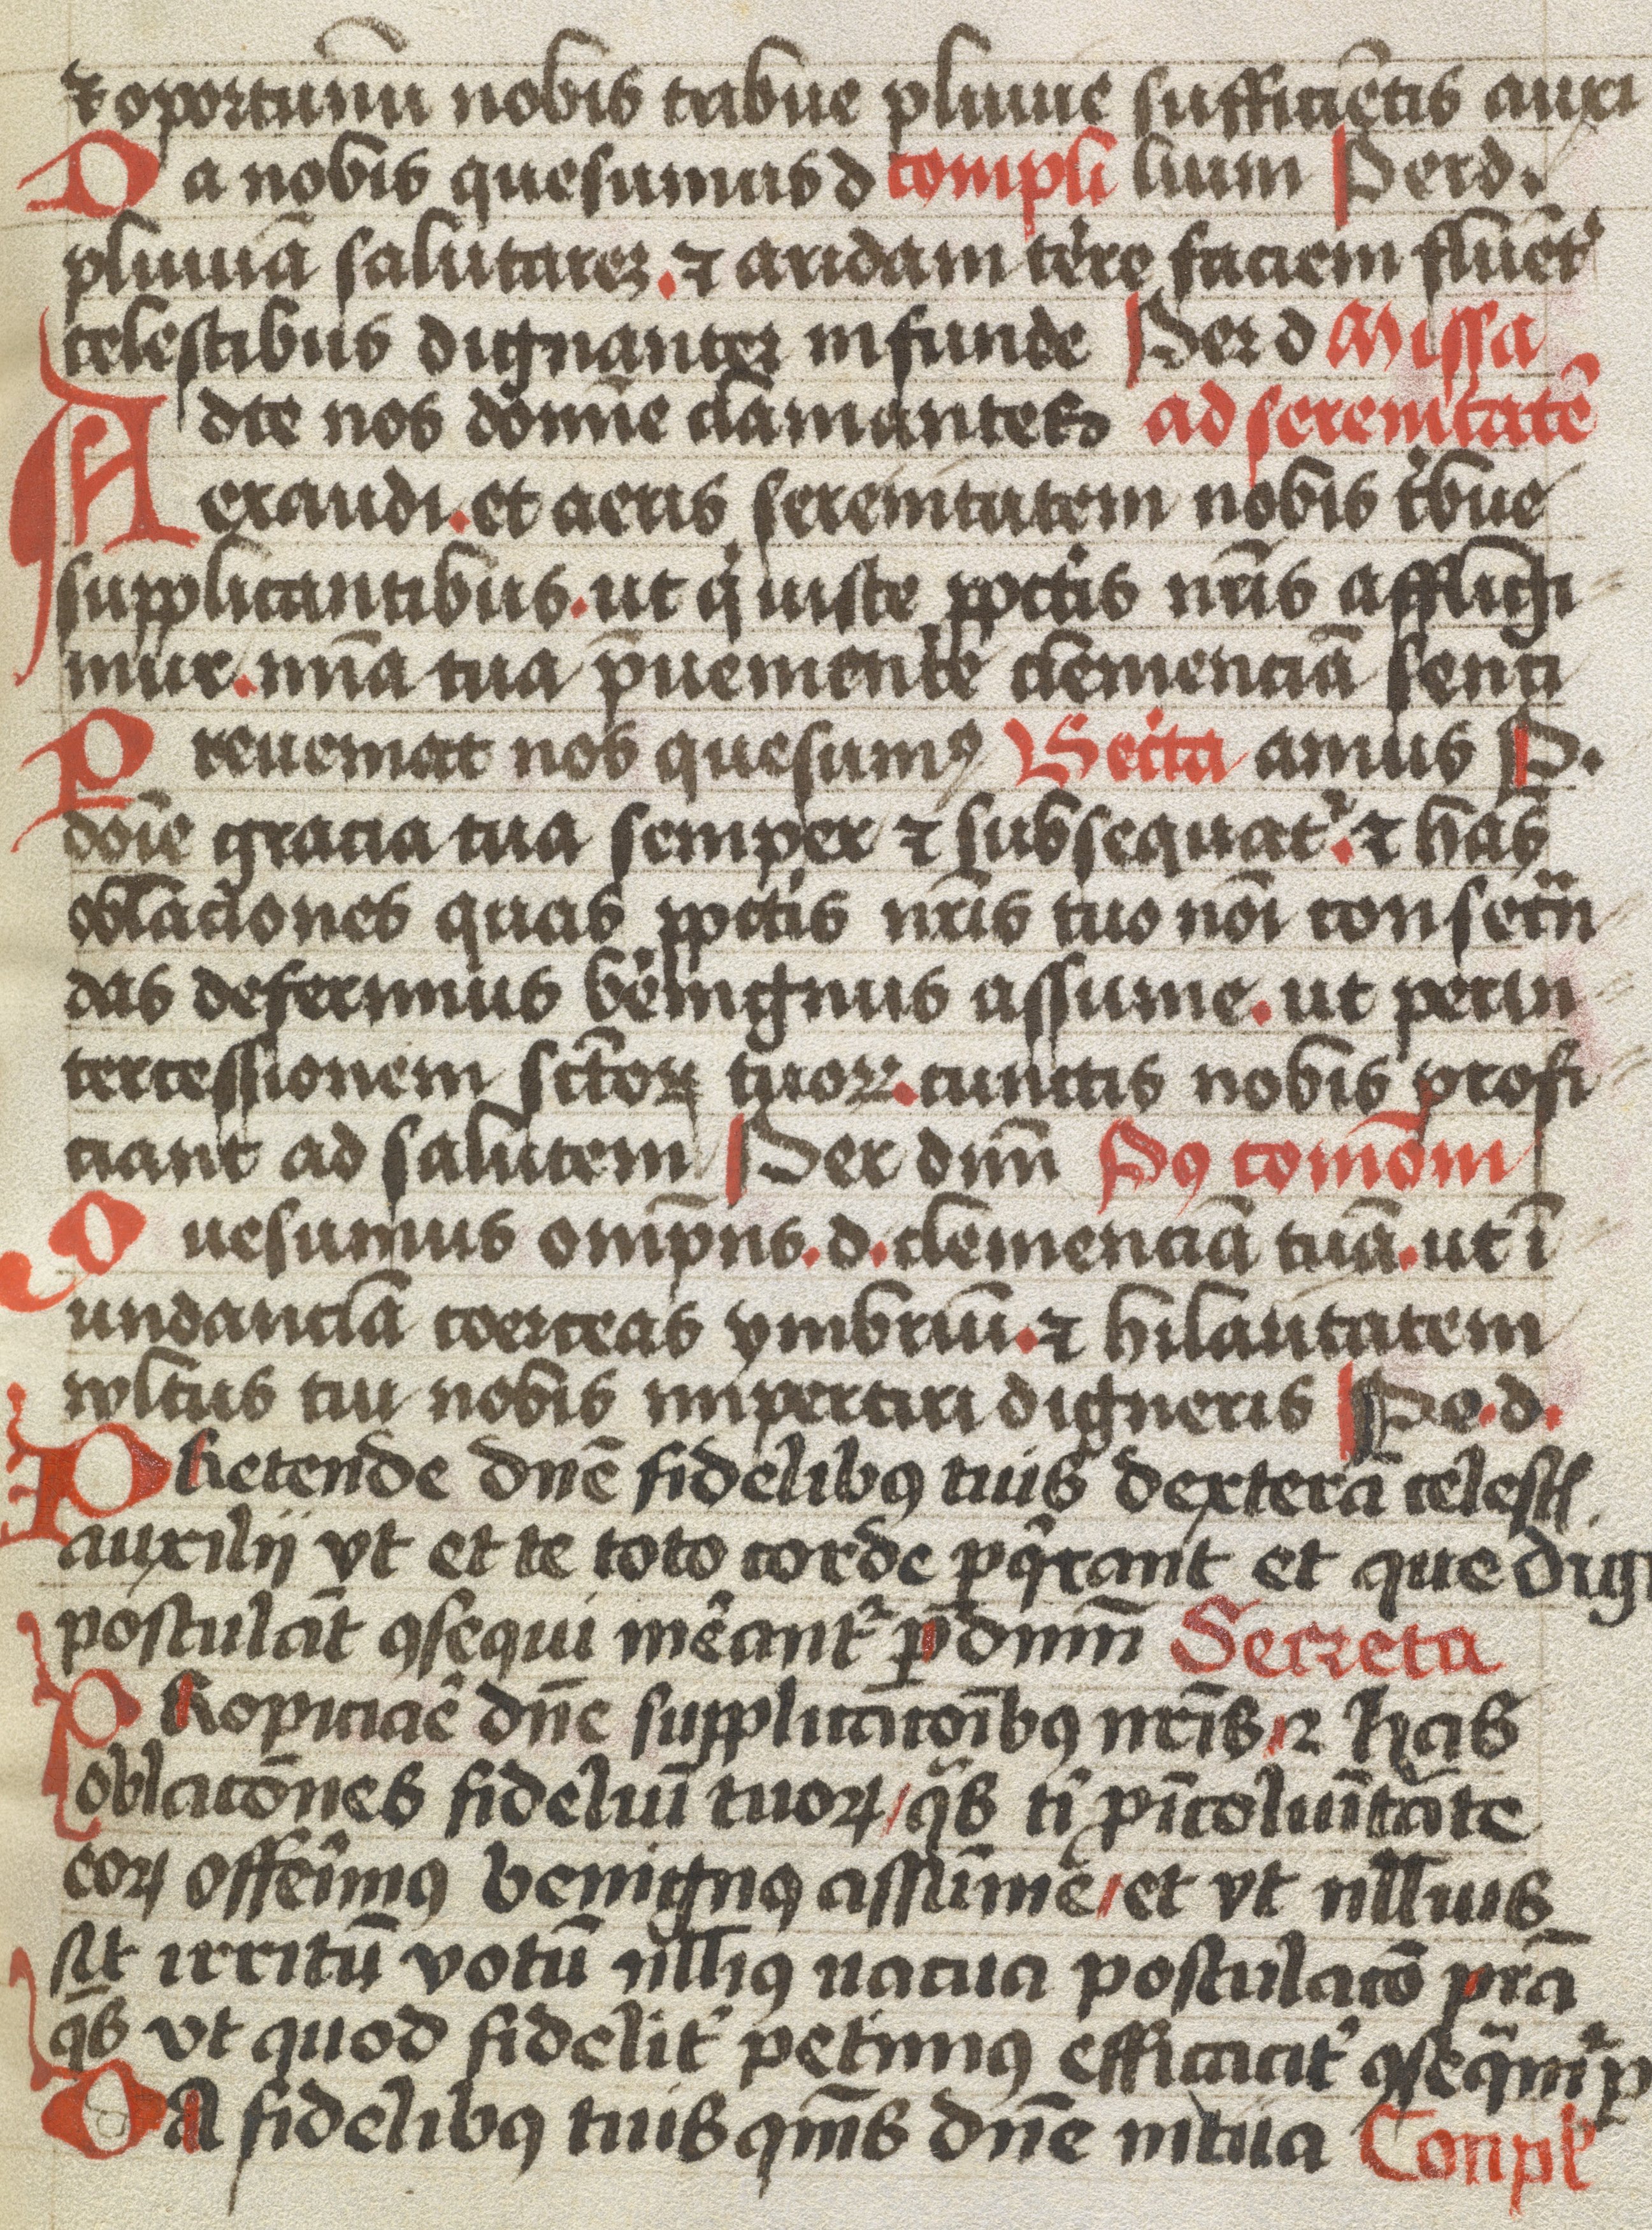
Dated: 1483–1483